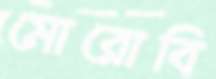
মোরোবি